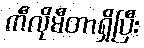
ကီလိုမီတာရှိပြီး